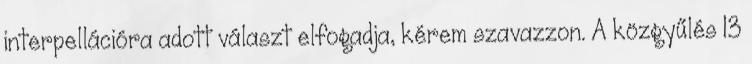
interpellációra adott választ elfogadja, kérem szavazzon. A közgyűlés 13